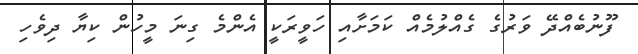
ފޫނުބެއްދޭ ވަރުގެ ގެއްލުމެއް ކަމަށާއި ހަވީރަކީ އެންމެ ގިނަ މީހުން ކިޔާ ދިވެހި